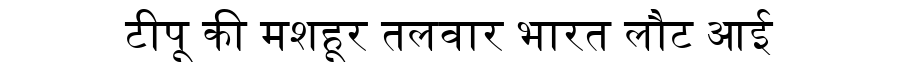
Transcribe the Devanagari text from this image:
टीपू की मशहूर तलवार भारत लौट आई